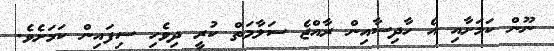
ނޫން ކަމަށާއި އެ ހާދިސާއިން ރާއްޖެ ސަލާމަތް ކުރީ ދިވެހި ސިފައިން ކަމަށެވެ.